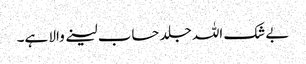
بےشک اللہ جلد حساب لینے والا ہے۔